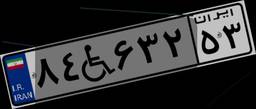
۸۴W۶۳۲۵۳